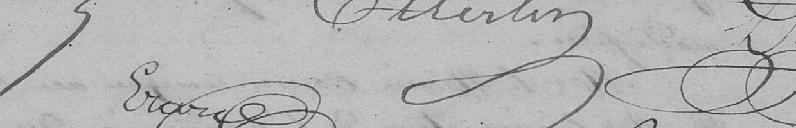
Erard